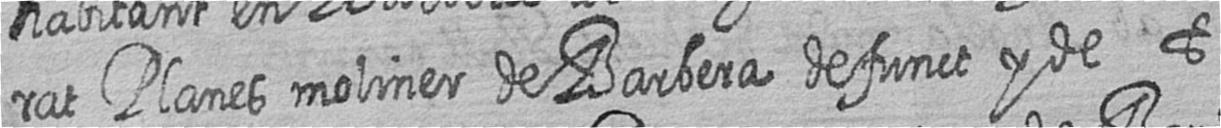
rat Planes moliner de Barbera defunct y de t